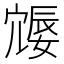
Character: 𪧩